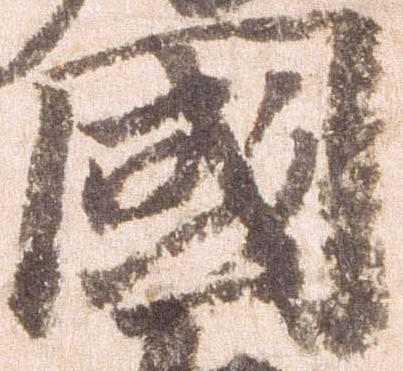
国